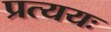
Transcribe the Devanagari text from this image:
प्रत्ययः